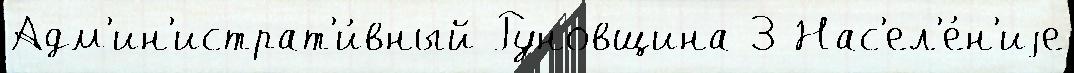
Адм'ин'истрат'и́вный Руновщина 3 Нас'ел'е́н'иjе